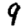
Digit: 9